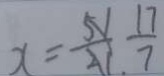
x = \frac { 1 7 } { 7 }